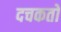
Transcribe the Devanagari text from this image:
दचकतो